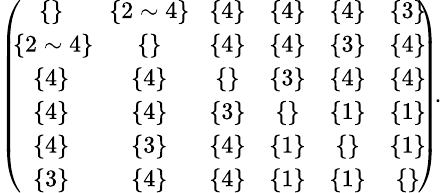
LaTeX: \begin{array}{r}{\small{\left(\! \! \begin{array}{cccccc}{\{ \} }&{\! \{ 2\sim 4\} \! }&{\{ 4\} }&{\{ 4\} }&{\{ 4\} }&{\{ 3\} }\\ {\{ 2\sim 4\} \! }&{\{ \} }&{\{ 4\} }&{\{ 4\} }&{\{ 3\} }&{\{ 4\} }\\ {\{ 4\} }&{\{ 4\} }&{\{ \} }&{\{ 3\} }&{\{ 4\} }&{\{ 4\} }\\ {\{ 4\} }&{\{ 4\} }&{\{ 3\} }&{\{ \} }&{\{ 1\} }&{\{ 1\} }\\ {\{ 4\} }&{\{ 3\} }&{\{ 4\} }&{\{ 1\} }&{\{ \} }&{\{ 1\} }\\ {\{ 3\} }&{\{ 4\} }&{\{ 4\} }&{\{ 1\} }&{\{ 1\} }&{\{ \} }\end{array}\! \! \right)\! .}}\end{array}